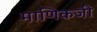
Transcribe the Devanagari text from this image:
माणिकजी